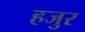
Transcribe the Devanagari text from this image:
हजुर